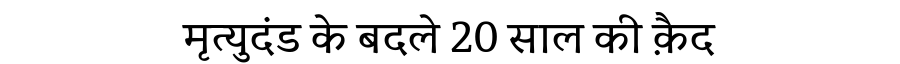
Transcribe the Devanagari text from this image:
मृत्युदंड के बदले 20 साल की क़ैद